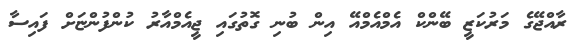
ރާއްޖޭގެ މަރުކަޒީ ބޭންކް އެމްއެމްއޭ އިން ބުނި ގޮތުގައި ޖީއެމްއާރު ކުންފުންޏަށް ފައިސާ